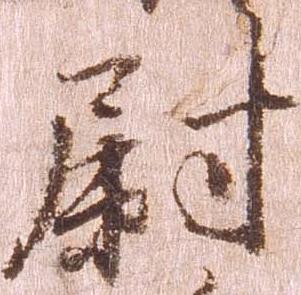
尉